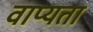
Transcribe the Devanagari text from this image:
वाप्यता